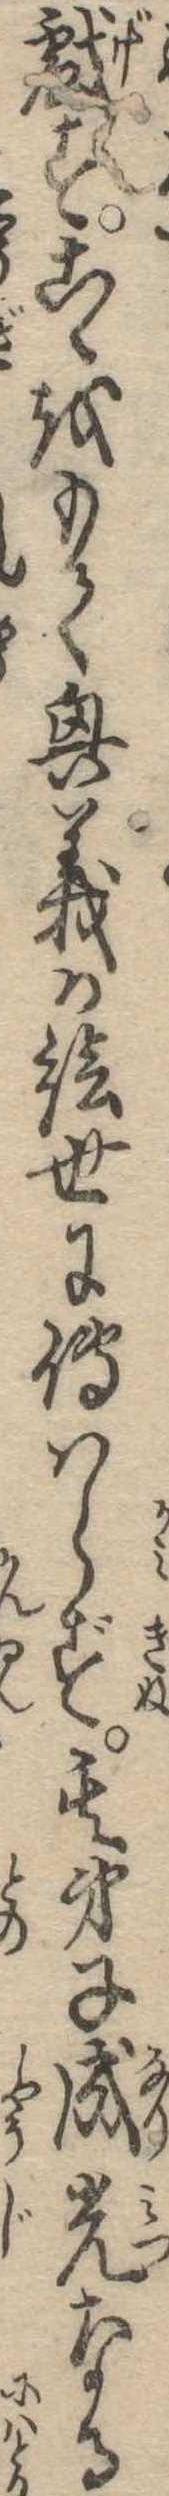
戯すこゝをもて興義が絵世に伝はらず其弟子成光なる